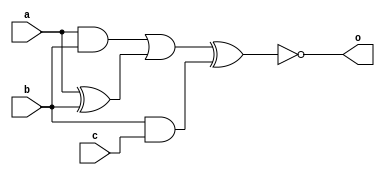
module top (a,b,c,o);
input a,b,c;
output o;
wire d,e,f,g;
and (d,a,b);
xor (e,a,b);
or  (f,d,e);
and (g,b,c);
xnor(o,f,g);
endmodule